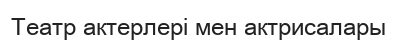
Театр актерлері мен актрисалары